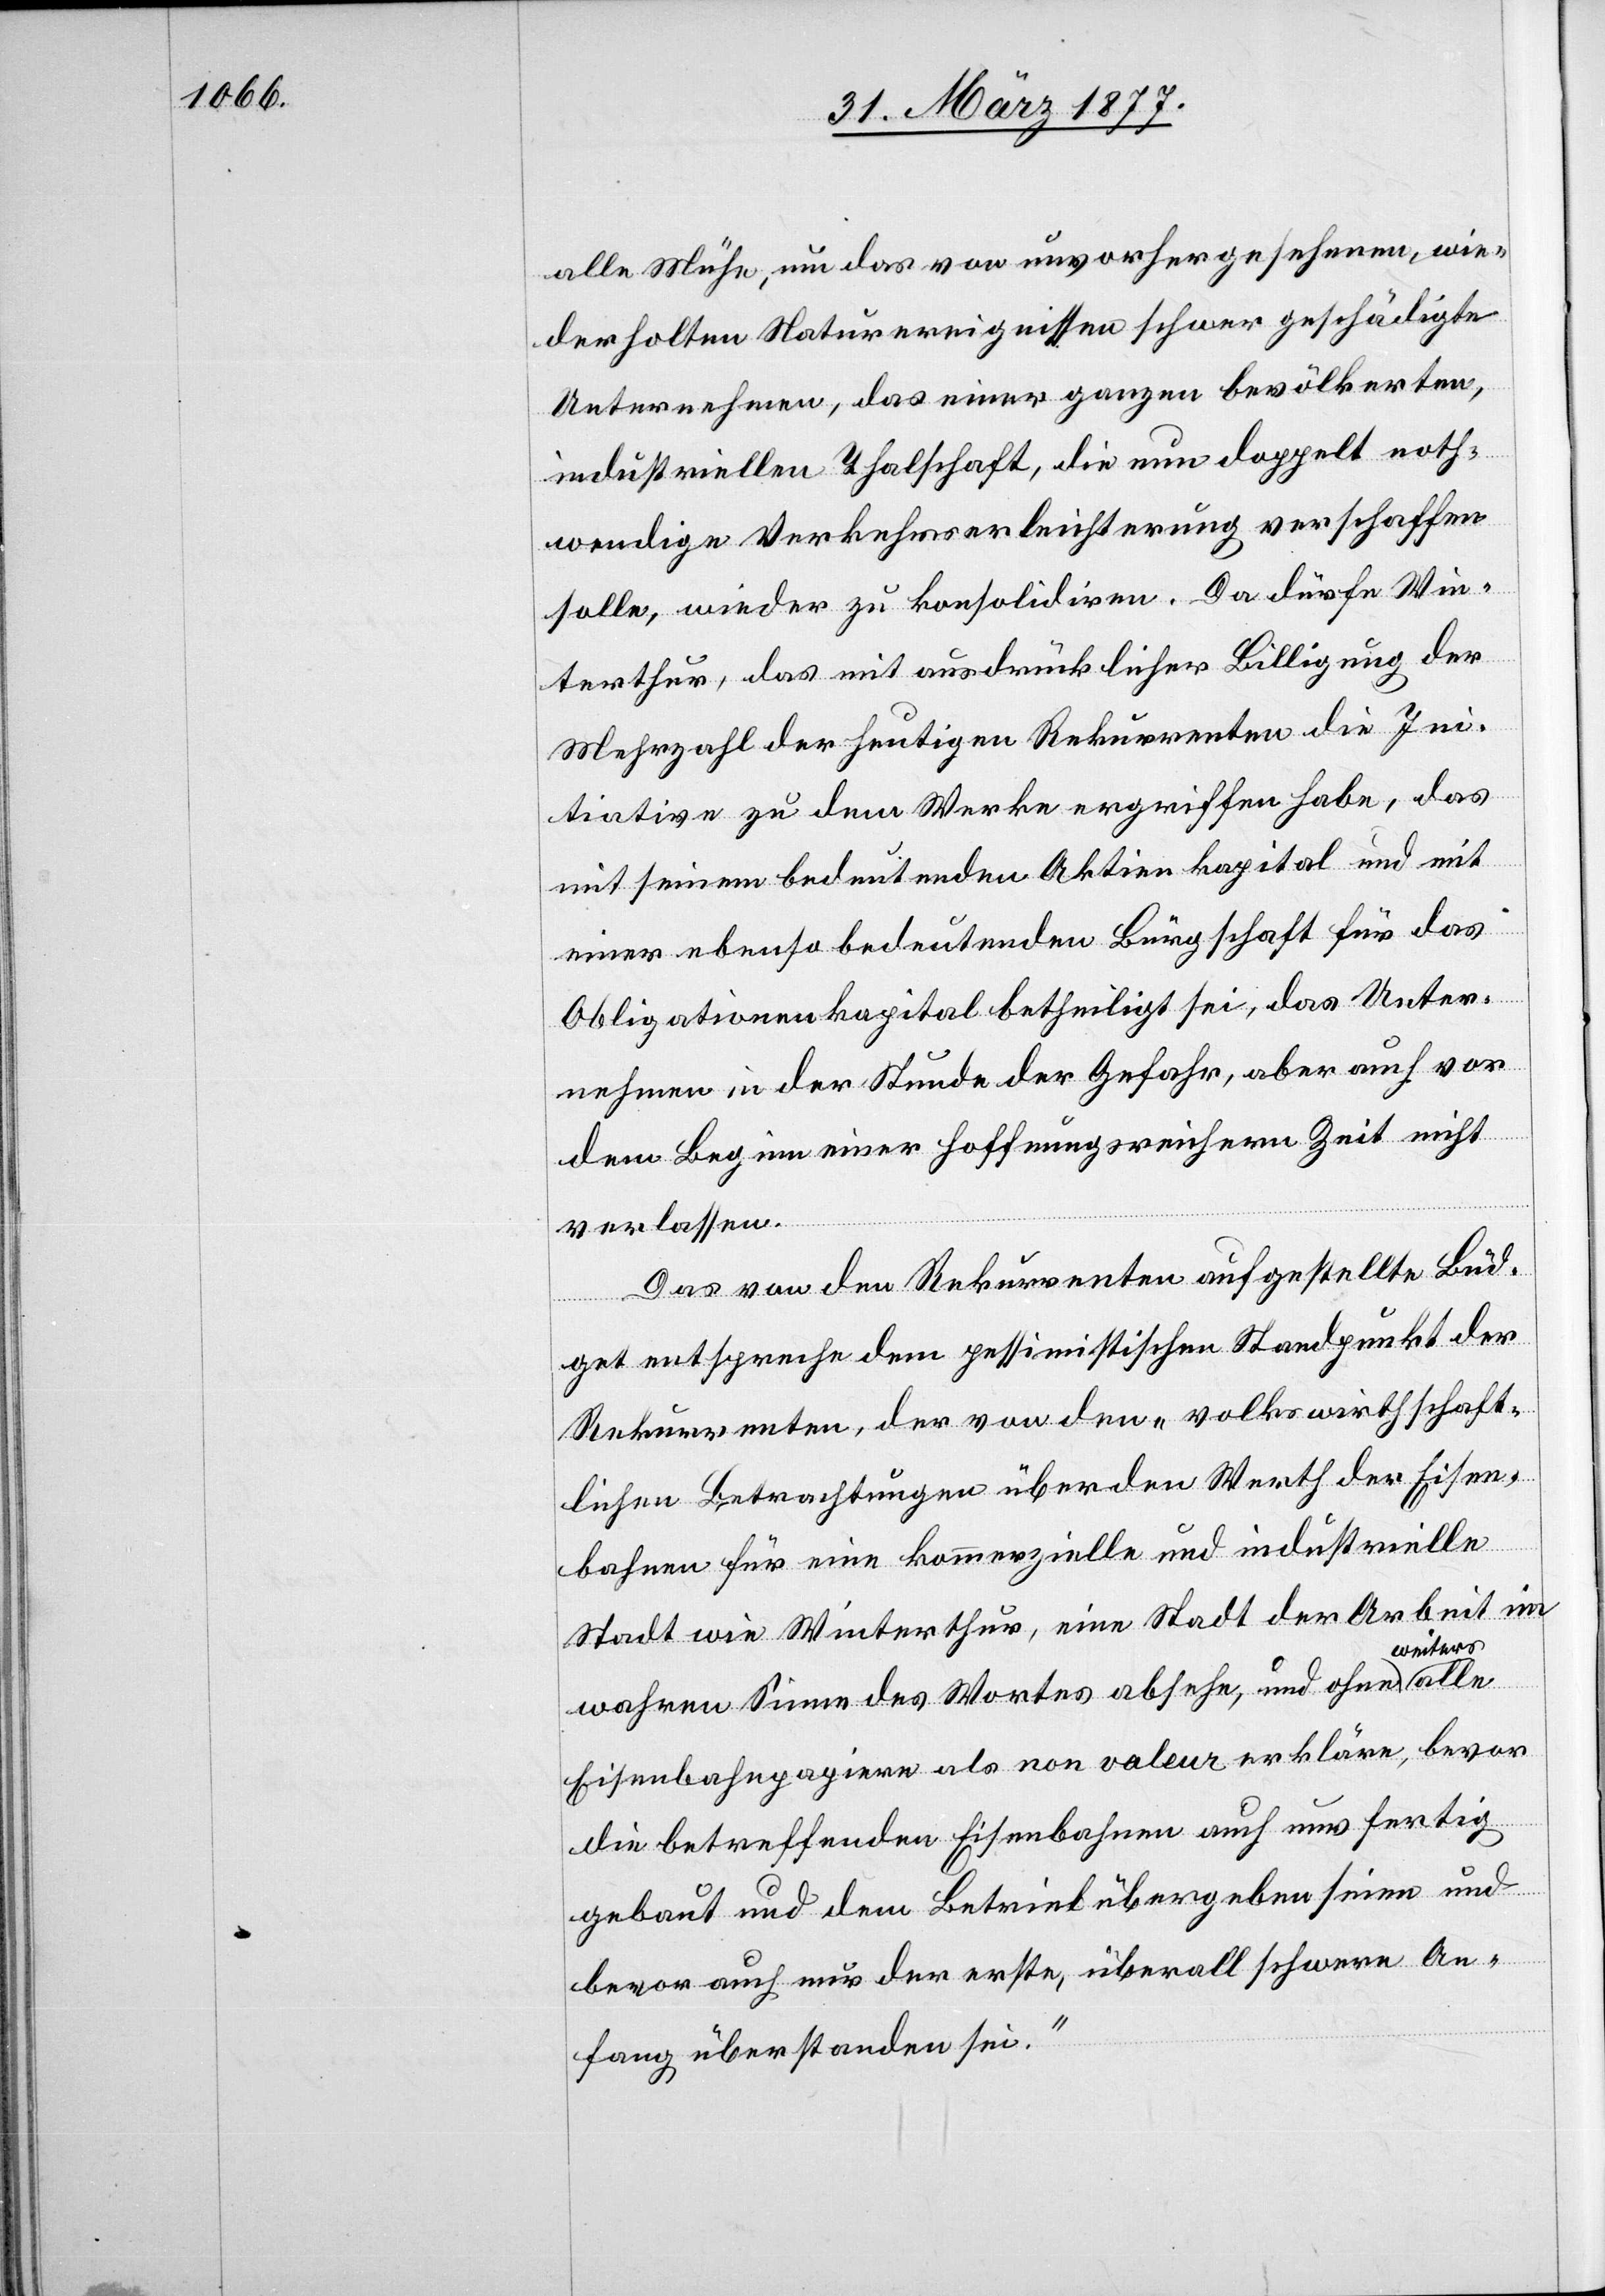
alle Mühe, um das von unvorhergesehenen, wie¬
derholten Naturereignissen schwer geschädigte
Unternehmen, das einer ganzen bevölkerten,
industriellen Thalschaft, die nun doppelt noth¬
wendigen Verkehrserleichterungen verschaffen
solle, wieder zu konsolidiren. Da dürfe Win¬
terthur, das mit ausdrücklicher Billigung der
Mehrzahl der heutigen Rekurrenten die In¬
itiative zu dem Werke ergriffen habe, das
mit seinem bedeutenden Aktienkapital und mit
einer ebenso bedeutenden Bürgschaft für das
Obligationenkapital betheiligt sei, das Unter¬
nehmen in der Stunde der Gefahr, aber auch vor
dem Beginn einer Hoffnungsreicheren Zeit nicht
verlassen.
Das von den Rekurrenten aufgestellte Büd¬
get entspreche dem pessimistischen Standpunkt der
Rekurrenten, der von den „volkswirthschaft¬
lichen Betrachtungen über den Werth der Eisen¬
bahnen für eine kommerzielle und industrielle
Stadt wie Winterthur, eine Stadt der Arbeit im
wahren Sinne des Wortes absehe, und ohne weiters
Eisenbahnpapiere als non valeur erkläre, bevor
die betreffenden Eisenbahnen auch nur fertig
gebaut und dem Betrieb übergeben seien und
bevor auch nur der erste, überall schwere An¬
fang überstanden sei.“